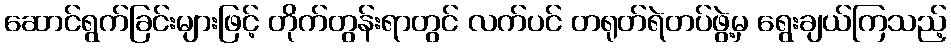
ဆောင်ရွက်ခြင်းများဖြင့် တိုက်တွန်းရာတွင် လက်ပင် တရုတ်ရဲတပ်ဖွဲ့မှ ရွေးချယ်ကြသည့်